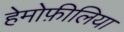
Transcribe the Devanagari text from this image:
हेमोफ़ीलिया